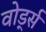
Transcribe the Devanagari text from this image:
वोर्ड्स